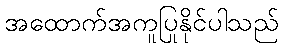
အထောက်အကူပြုနိုင်ပါသည်